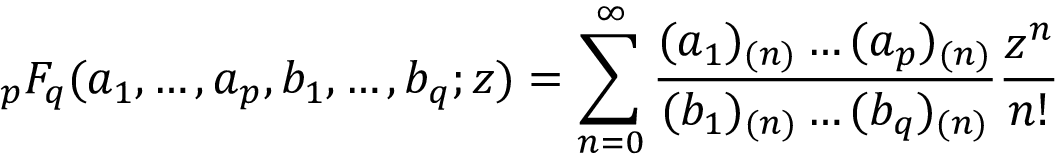
{ } _ { p } F _ { q } ( a _ { 1 } , \dots , a _ { p } , b _ { 1 } , \dots , b _ { q } ; z ) = \sum _ { n = 0 } ^ { \infty } \frac { ( a _ { 1 } ) _ { ( n ) } \dots ( a _ { p } ) _ { ( n ) } } { ( b _ { 1 } ) _ { ( n ) } \dots ( b _ { q } ) _ { ( n ) } } \frac { z ^ { n } } { n ! }